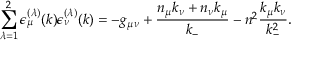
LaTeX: \sum _ { { \lambda } = 1 } ^ { 2 } { \epsilon } _ { \mu } ^ { ( { \lambda } ) } ( k ) { \epsilon } _ { \nu } ^ { ( { \lambda } ) } ( k ) = - g _ { { \mu } { \nu } } + \frac { n _ { \mu } k _ { \nu } + n _ { \nu } k _ { \mu } } { k _ { - } } - n ^ { 2 } \frac { k _ { \mu } k _ { \nu } } { k _ { - } ^ { 2 } } .